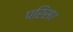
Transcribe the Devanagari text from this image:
परिस।